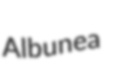
Albunea